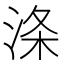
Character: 涤